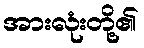
အားလုံးတို့၏